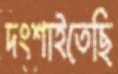
দংশাইতেছি